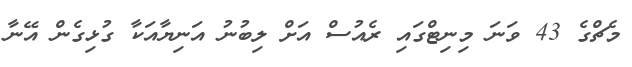
މެޗްގެ 43 ވަނަ މިނިޓްގައި ރެއުސް އަށް ލިބުނު އަނިޔާއަކާ ގުޅިގެން އޭނާ